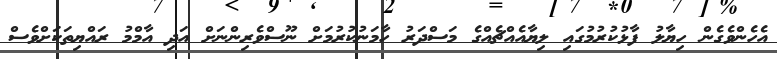
އެހެންވެގެން ހިޔާލު ފާޅުކުރުމުގައި ލިޔާއެއްޗެއްގެ މަސްދަރު ހާމަނުކުރުމަށް ނޫސްވެރިންނަށް އަދި އާމްމު ރައްޔިތަކަށްވެސް